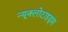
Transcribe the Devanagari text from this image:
न्यूक्लोटाइड्स